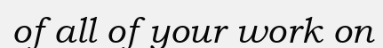
of all of your work on